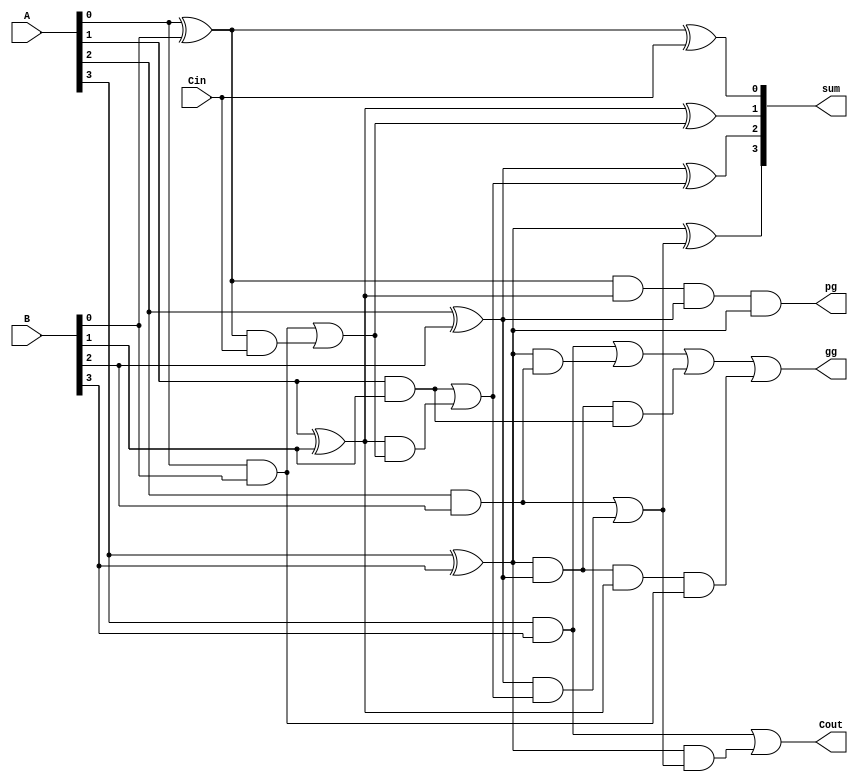
module cla4 (A,B,Cin,Cout, sum, pg,gg);
    input [3:0] A, B;
    input Cin;
    output [3:0] sum;
    output Cout,pg,gg;

    wire p0, p1,p2,p3,g0,g1,g2,g3;
    wire c1,c2,c3;

    //instantiate the intermeddiate vals for cla
    assign p0 = A[0] ^ B[0];
    assign p1 = A[1] ^ B[1];
    assign p2 = A[2] ^ B[2];
    assign p3 = A[3] ^ B[3];
    assign g0 = A[0] & B[0];
    assign g1 = A[1] & B[1];
    assign g2 = A[2] & B[2];
    assign g3 = A[3] & B[3];

    //logic for sum
    assign sum[0] = p0 ^ Cin;
    assign sum[1] = p1 ^ c1;
    assign sum[2] = p2 ^ c2;
    assign sum[3] = p3 ^ c3;

    //logic for carreis
    assign c1 = g0 | p0 & Cin;
    assign c2 = g1 | p1 & c1;
    assign c3 = g2 | p2 & c2;
    assign Cout = g3 | p3 & c3;

    //logic for pg gg
    assign pg = p0 & p1 & p2 & p3;
    assign gg = g3 | p3 & g2 | p3 & p2 & g1 | p3 & p2 & p1 & g0;

endmodule